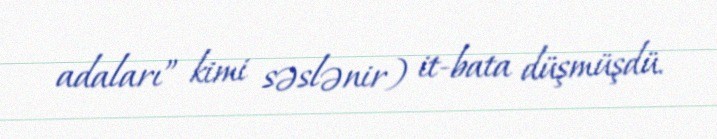
adaları” kimi səslənir) it-bata düşmüşdü.